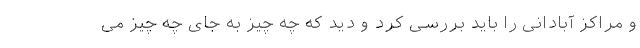
و مراکز آبادانی را باید بررسی کرد و دید که چه چیز به جای چه چیز می